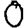
Digit: 0